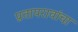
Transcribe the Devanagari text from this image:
प्रतापरावांचा